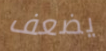
يضعف